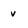
Character: v